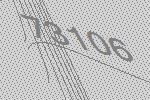
73106